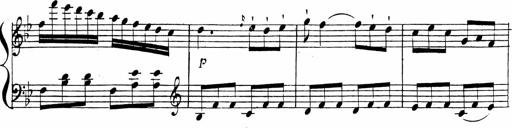
Title: 2 Piano Sonatinas
Composer: Ferdinand Ries